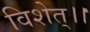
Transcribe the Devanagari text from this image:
विशेत्।।